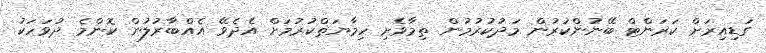
ގަޑިއިރަށް ކަރަންޓް ބޭނުންކުރުން މަދުކުރުމުން ތިމާވެށި ހިމާޔަތްކުރުމަށް އެދެވޭ އެއްބާރުލުން ކޮންމެ ދުވަހަކު